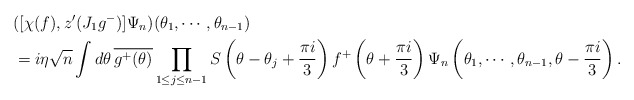
\begin{align*} & ([\chi(f),z'(J_1g^-)]\Psi_n)(\theta_1,\cdots,\theta_{n-1}) \\ &= i\eta\sqrt n\int d\theta\, \overline{g^+(\theta)}\prod_{1\le j \le n-1} S\left(\theta-\theta_j + \frac{\pi i}3\right) f^+\left(\theta + \frac{\pi i}3\right) \Psi_n\left(\theta_1,\cdots,\theta_{n-1},\theta - \frac{\pi i}3\right). \end{align*}